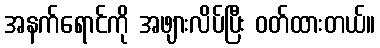
အနက်ရောင်ကို အဖျားလိပ်ပြီး ဝတ်ထားတယ်။